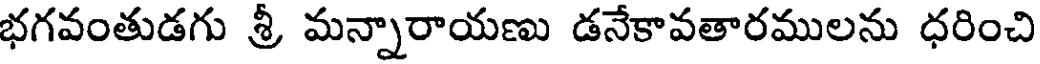
భగవంతుడగు శ్రీ మన్నారాయణు డనేకావతారములను ధరించి